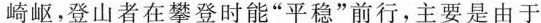
崎岖。登山者在攀登时能”平稳”前行，主要是由于